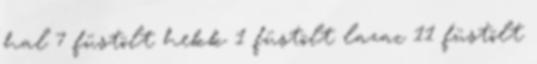
hal 7 füstölt hekk 1 füstölt lazac 11 füstölt